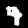
Label: 9